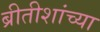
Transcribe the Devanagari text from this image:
ब्रीतीशांच्या